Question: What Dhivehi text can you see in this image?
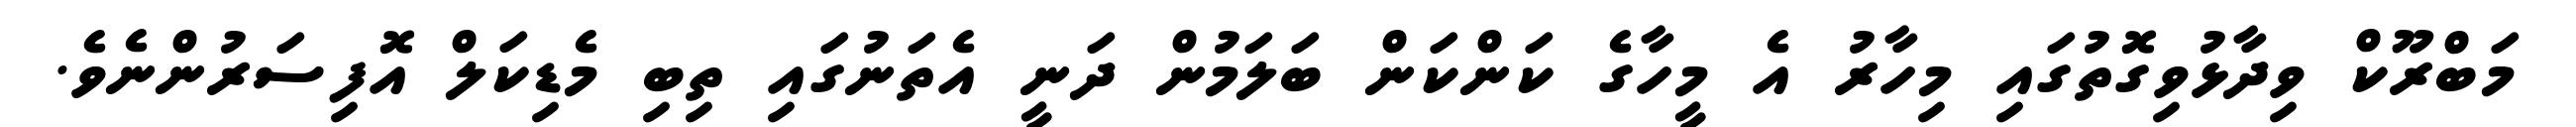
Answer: މަބްރޫކް ވިދާޅުވިގޮތުގައި މިހާރު އެ މީހާގެ ކަންކަން ބަލަމުން ދަނީ އެތަނުގައި ތިބި މެޑިކަލް އޮފިސަރުންނެވެ.